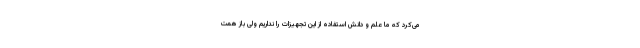
می‌کرد که ما علم و دانش استفاده از این تجهیزات را نداریم ولی باز همت